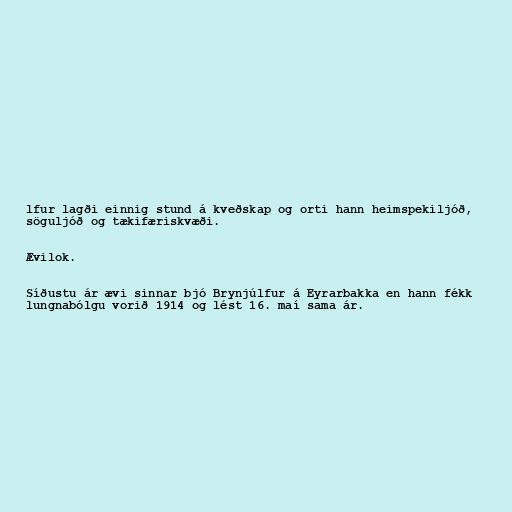
lfur lagði einnig stund á kveðskap og orti hann heimspekiljóð,
söguljóð og tækifæriskvæði.

Ævilok.

Síðustu ár ævi sinnar bjó Brynjúlfur á Eyrarbakka en hann fékk
lungnabólgu vorið 1914 og lést 16. maí sama ár.